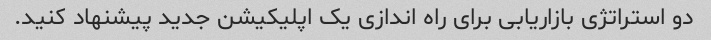
دو استراتژی بازاریابی برای راه اندازی یک اپلیکیشن جدید پیشنهاد کنید.